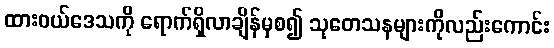
ထားဝယ်ဒေသကို ရောက်ရှိလာချိန်မှစ၍ သုတေသနများကိုလည်းကောင်း